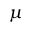
\mu